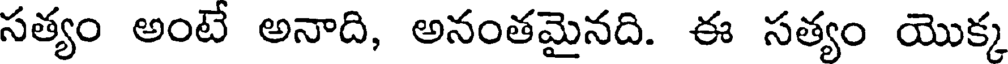
సత్యం అంటే అనాది, అనంతమైనది. ఈ సత్యం యొక్క